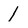
Character: 1